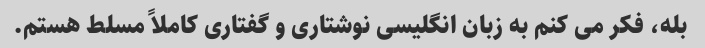
بله، فکر می کنم به زبان انگلیسی نوشتاری و گفتاری کاملاً مسلط هستم.